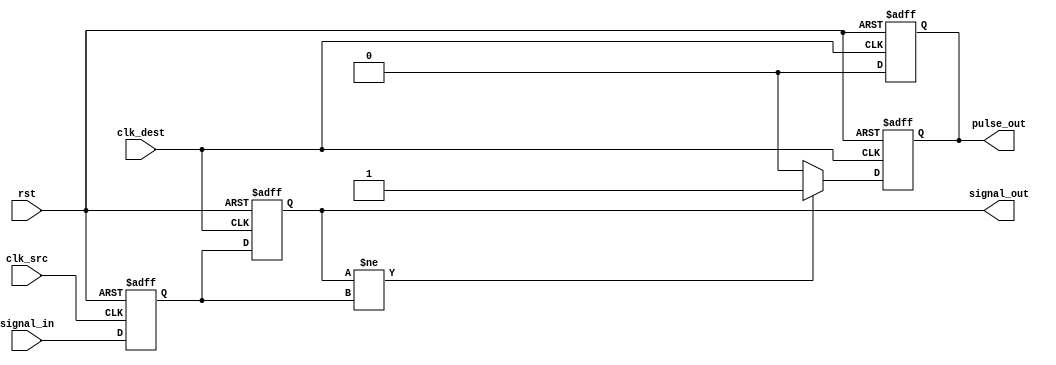
module pulsed_synchronizer (
    input wire clk_src,         // Source clock
    input wire clk_dest,        // Destination clock
    input wire rst,             // Asynchronous reset
    input wire signal_in,       // Input signal to be synchronized
    output reg signal_out,      // Synchronized output signal
    output reg pulse_out        // Pulsed output signal
);

    // Internal signals
    reg signal_sync1;           // First stage synchronized signal

    // First flip-flop: samples the input signal on clk_src
    always @(posedge clk_src or posedge rst) begin
        if (rst) begin
            signal_sync1 <= 1'b0;
        end else begin
            signal_sync1 <= signal_in;
        end
    end

    // Second flip-flop: samples the first stage output on clk_dest
    always @(posedge clk_dest or posedge rst) begin
        if (rst) begin
            signal_out <= 1'b0;
            pulse_out <= 1'b0;
        end else begin
            signal_out <= signal_sync1;
            // Generate pulse when signal_out changes
            pulse_out <= (signal_out != signal_sync1) ? 1'b1 : 1'b0;
        end
    end

    // Pulse generation logic: ensure pulse is one clock cycle
    always @(posedge clk_dest or posedge rst) begin
        if (rst) begin
            pulse_out <= 1'b0;
        end else begin
            if (pulse_out) begin
                pulse_out <= 1'b0; // Reset pulse after one cycle
            end
        end
    end

endmodule